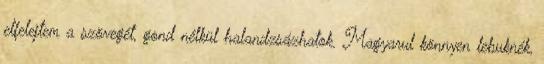
elfelejtem a szövegét, gond nélkül halandzsázhatok. Magyarul könnyen lebuknék,